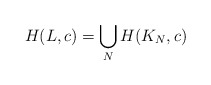
\begin{align*}H(L, c) = \bigcup_{N} H(K_{N}, c)\end{align*}